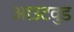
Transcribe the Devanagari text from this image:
आउटवुड